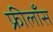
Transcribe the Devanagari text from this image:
फ्रीलाँस